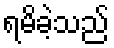
ရမိခဲ့သည်